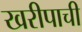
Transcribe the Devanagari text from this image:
खरीपाची